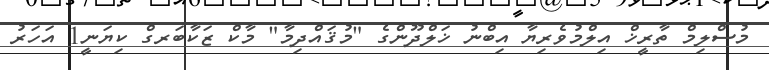
މުސްލިމް ތާރީޚް އިލްމުވެރިޔާ އިބްނު ޚަލްދޫންގެ "މުޤައްދިމާ" މާކް ޒަކާބަރގް ކިޔަނީ1 އަހަރު